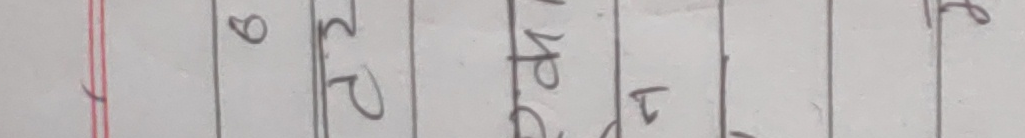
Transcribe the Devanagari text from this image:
९२४६